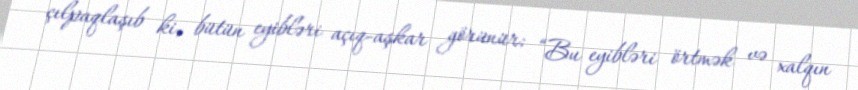
çılpaqlaşıb ki, bütün eyibləri açıq-aşkar görünür: “Bu eyibləri örtmək və xalqın